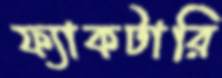
ফ্যাকটারি